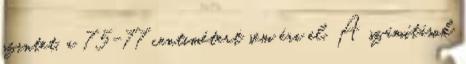
szintet, a 75-77 centimétert sem éri el. A számítások